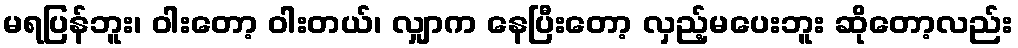
မရပြန်ဘူး၊ ဝါးတော့ ဝါးတယ်၊ လျှာက နေပြီးတော့ လှည့်မပေးဘူး ဆိုတော့လည်း